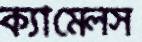
ক্যামেলস